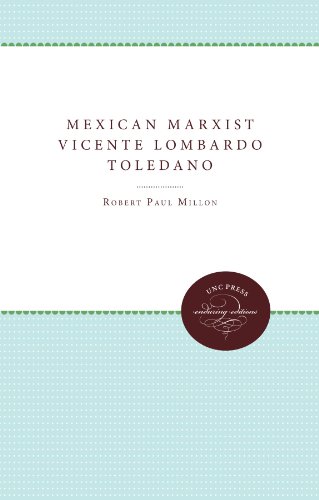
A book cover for Mexican Marxist--Vicente Lombardo Toledano; Robert Paul Millon; History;